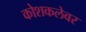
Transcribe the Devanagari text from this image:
कोशकलेवर